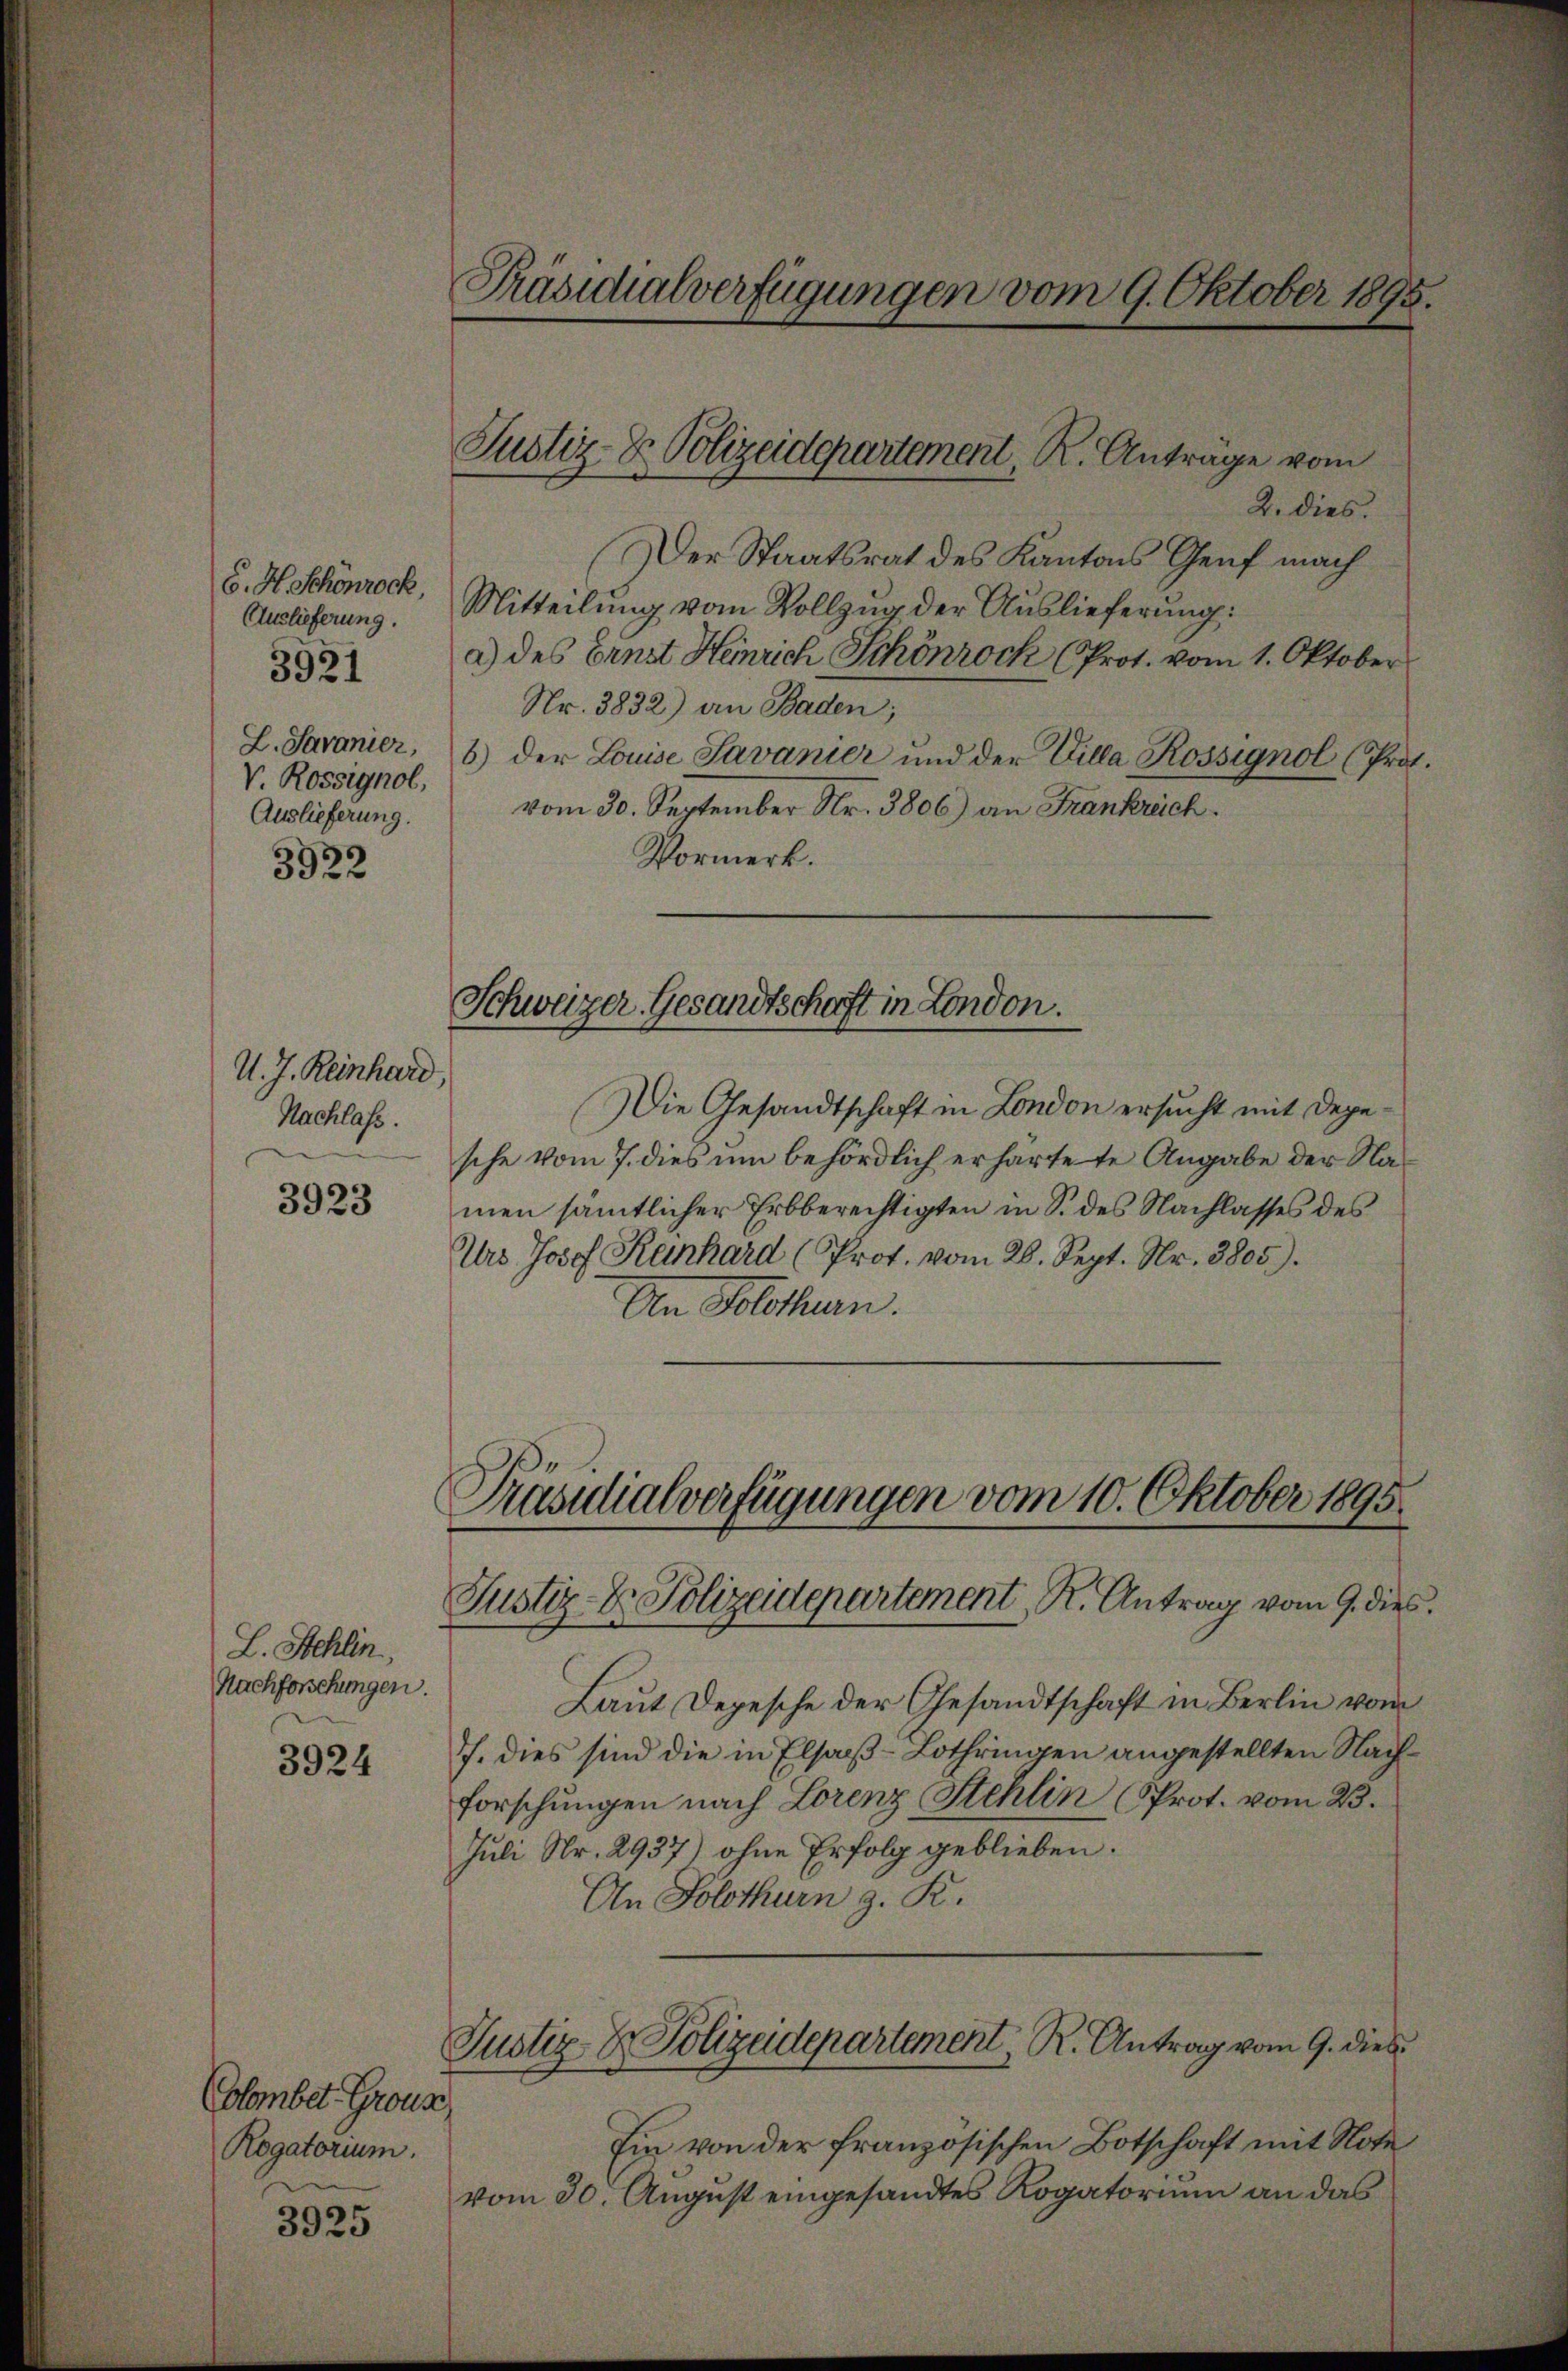
6. H. Schönrock,
Auslieferung.
L. Savanier,
V. Rossignol,
Auslieferung.

3921

3922

U. J. Reinhard.
Nachlass.

3923

L. Stehlin,
Nachforschungen.

3924

(Glombet-Grouss
Rogatorium.

3925

2. dies.
Der Staatsrat des Kantons Genf mach
Mitteilung vom Vollzug der Auslieferung:
a) des Ernst Heinrich Schönrock (Prot. vom 1. Oktober
Nr. 3832) an Baden;
6) der Louise Savanier und der Villa Rossignol (Prot.
vom 30. September Nr. 3806) an Frankreich.
Vormerk.

Präsidialverfügungen vom 9. Oktober 1895.

Justiz- & Polizeidepartement, R. Antrage vom

Schweizer Gesandtschaft in London.

Präsidialverfügungen vom 10. Oktober 1895.
Justiz- & Polizeidepartement R. Antrag vom 9. dies

Die Gesandtschaft in London ersucht mit Degesche vom 7. dies um behördlich erhartete Angabe der Namen sämmtlicher Erbberechtigten in S. des Nachlasses des
Urs Josef Kanhard (Prot. vom 26. Sept. Nr. 3805).
An Solothurn.

Laut Depesche der Gesandtschaft in Berlin vom
7. dies sind die in Elsaß-Lothringen angestellten Nachforschungen nach Lorenz Stehlin (Prot. vom 23.
Juli Nr. 2937) ohne Erfolg geblieben.
An Solothurn g. R.
Justiz & Polizeidepartement, R. Antrag vom 9. dies
Ein von der französischen Botschaft mit Note
vom 30. August eingesandtes Rogatorium an das